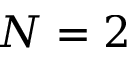
N = 2